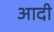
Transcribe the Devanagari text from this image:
अादी